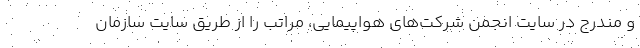
و مندرج در سایت انجمن شرکت‌های هواپیمایی، مراتب را از طریق سایت سازمان